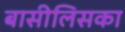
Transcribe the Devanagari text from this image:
बासीलिसका